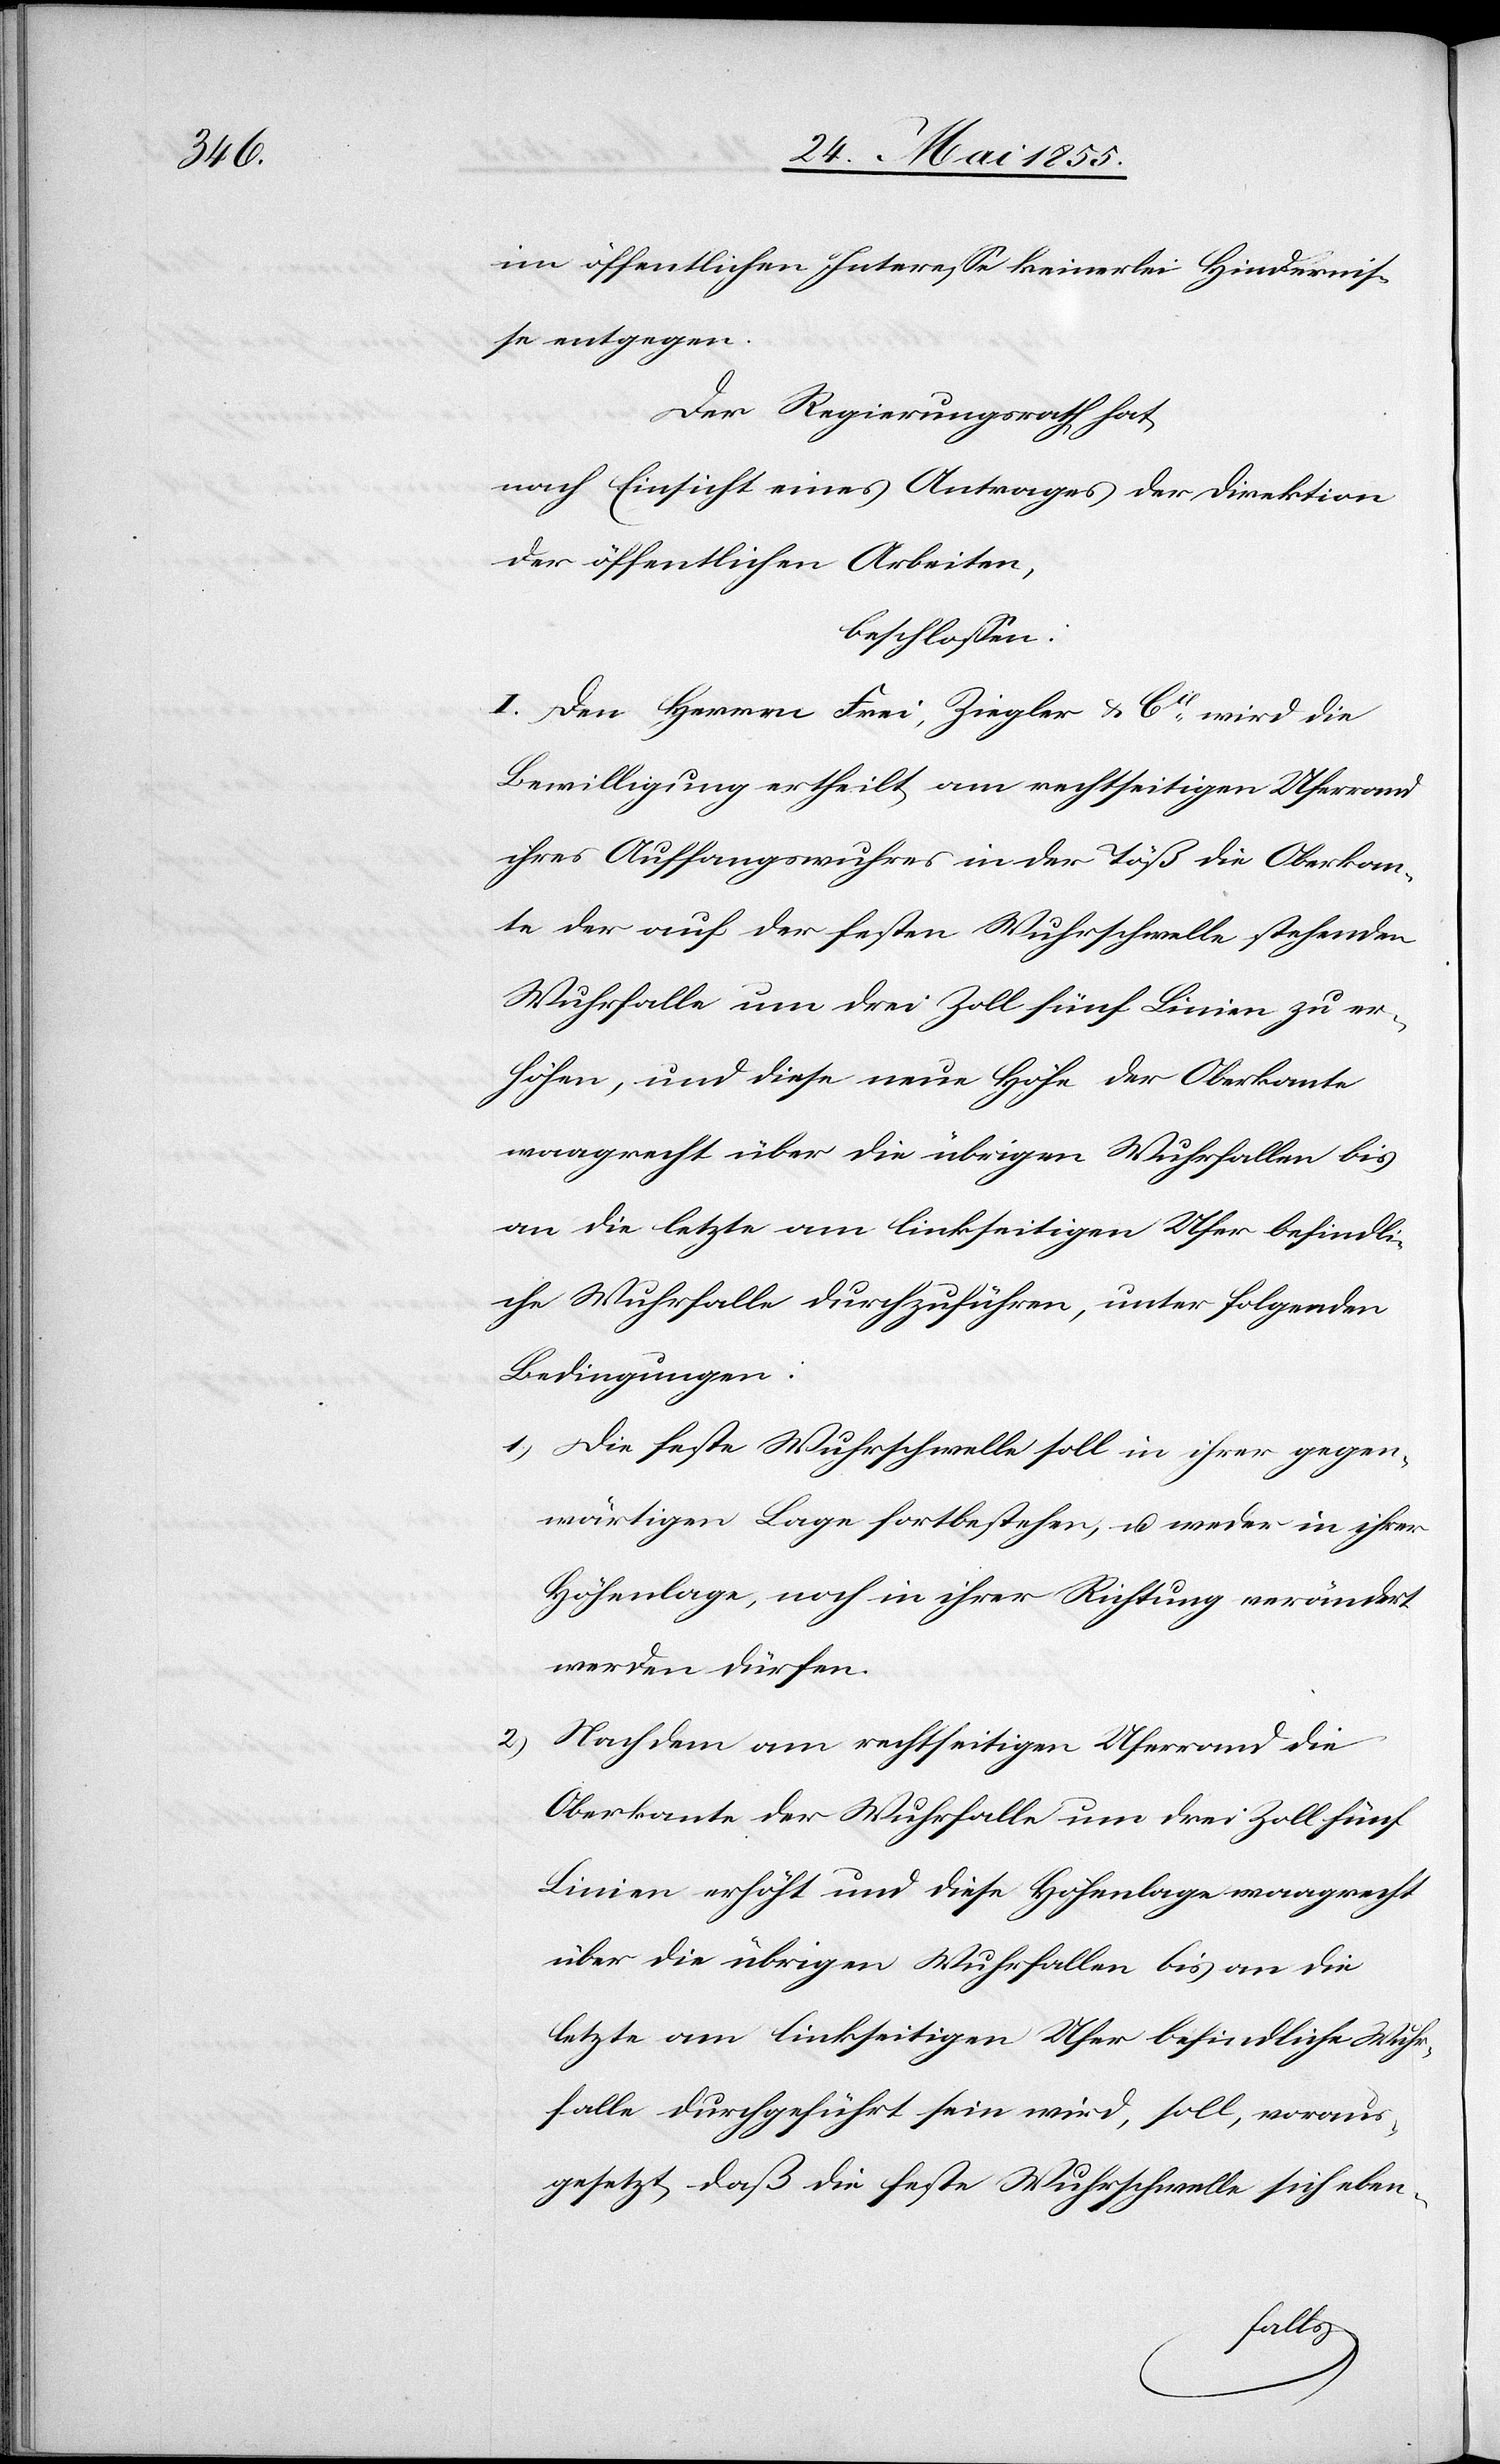
2)

im öffentlichen Interesse keinerlei Hindernis¬
se entgegen.
Der Regierungsrath hat,
nach Einsicht eines Antrages der Direktion
der öffentlichen Arbeiten,
beschlossen:
I. Den Herren Frei, Ziegler & Cie wird die
Bewilligung ertheilt, am rechtseitigen Uferrand
ihres Auffangswuhres in der Töß die Oberkan¬
te der auf der festen Wuhrschwelle stehenden
Wuhrfalle um drei Zoll fünf Linien zu er¬
höhen, und diese neue Höhe der Oberkante
waagrecht über die übrigen Wuhrfallen bis
an die letzte am linkseitigen Ufer befindli¬
che Wuhrfalle durchzuführen, unter folgenden
Bedingungen:
Die feste Wuhrschwelle soll in ihrer gegen¬
wärtigen Lage fortbestehen, u. weder in ihrer
Höhenlage, noch in ihrer Richtung verändert
werden dürfen.
Nachdem am rechtseitigen Uferrand die
Oberkante der Wuhrfalle um drei Zoll fünf
Linien erhöht und diese Höhenlage waagrecht
über die übrigen Wuhrfallen bis an die
letzte am linkseitigen Ufer befindliche Wuhr¬
falle durchgeführt sein wird, soll, voraus¬
gesetzt, daß die feste Wuhrschwelle sich eben-